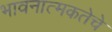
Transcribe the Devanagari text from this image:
भावनात्मकतेचे